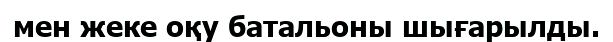
мен жеке оқу батальоны шығарылды.